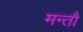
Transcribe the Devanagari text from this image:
मन्तौ